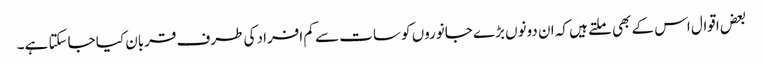
بعض اقوال اس کے بھی ملتے ہیں کہ ان دونوں بڑے جانوروں کو سات سے کم افراد کی طرف قربان کیا جاسکتا ہے۔